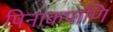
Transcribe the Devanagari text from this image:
पिनाकपाणि